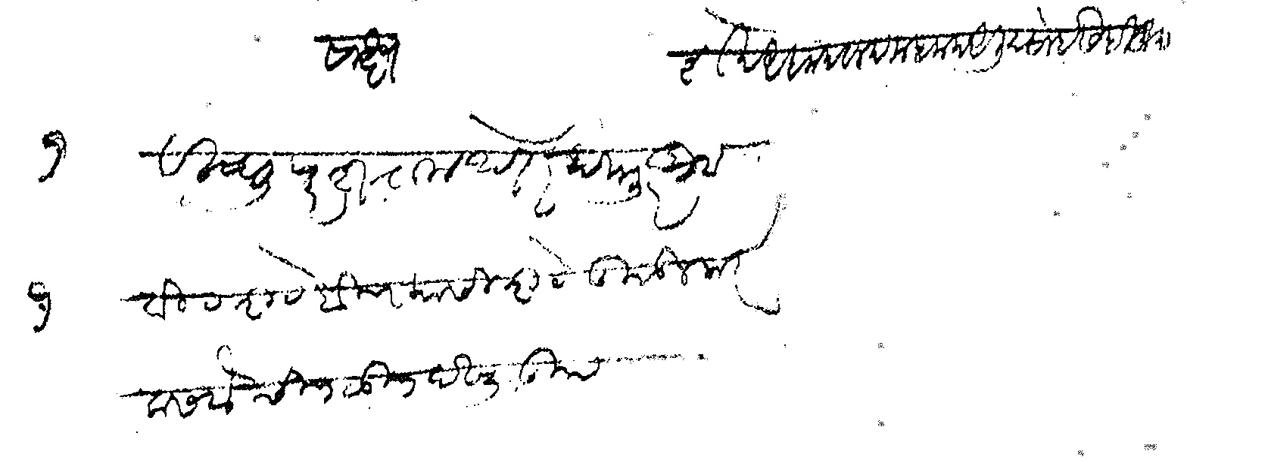
Transliteration (Devanagari): शेख अहमद बलद महमद अली देसाई सही खुद साक्ष १ विष्णु परशराम थते दस्तुरखुद १ वीरशेट बिन कासीशेट तुकडी मा र कसबे चिपळूण दस्तुरखुद